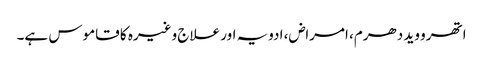
اتھرو وید دھرم، امراض، ادویہ اور علاج وغیرہ کا قاموس ہے۔